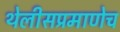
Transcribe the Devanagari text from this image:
थेलीसप्रमाणेच